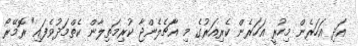
އަދި އަހަރެން މިހުރީ އަހަރެން ކެރިއަރުގެ މި އާޗެލެންޖާ ކުރިމަތިލާން ކެތްމަދުވެފައި" ރޮމޭރޯ